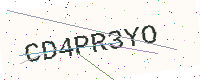
Text: CD4PR3YO